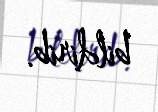
bildirib.